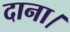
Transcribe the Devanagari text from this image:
दाना।